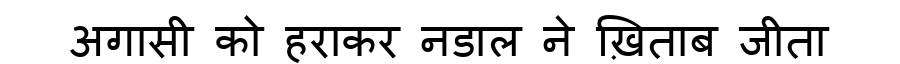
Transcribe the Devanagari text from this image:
अगासी को हराकर नडाल ने ख़िताब जीता